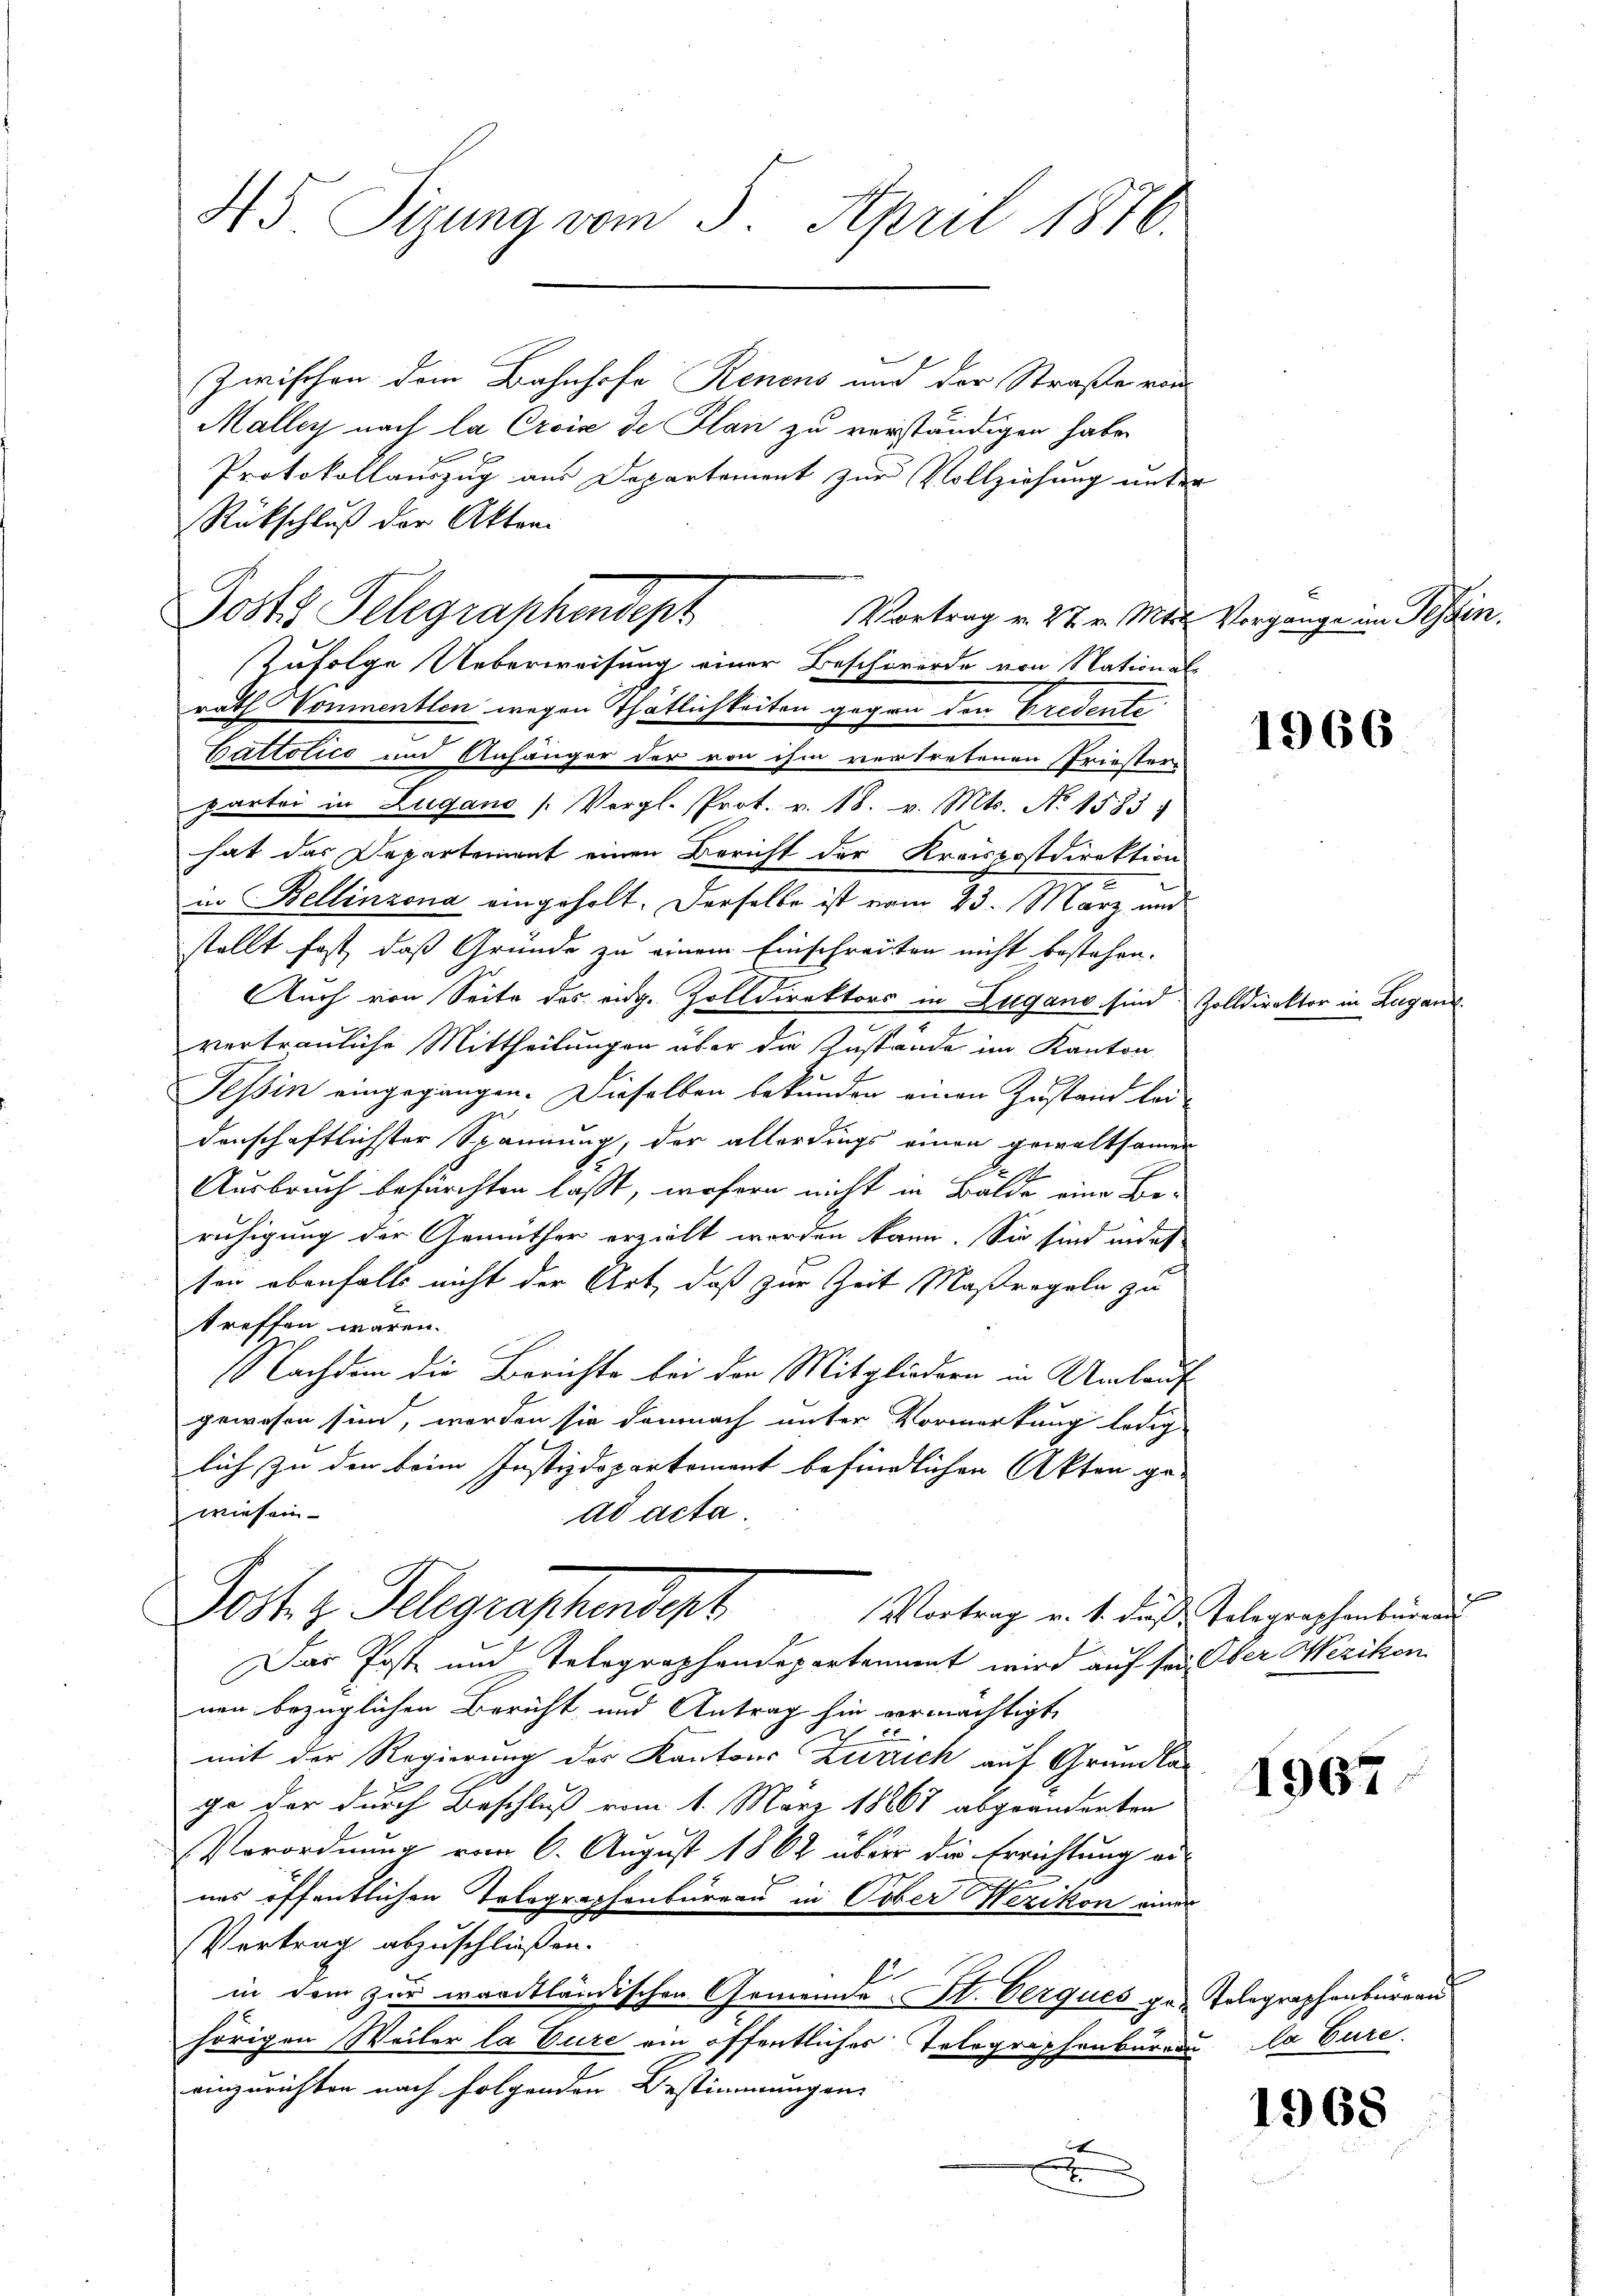
45 Sizung vom 3. April 1876.

Zwischen dem Bahnhofe Renens und der Straße von
Malley nach la Croix de Plan zu verständigen habe.
Protokollauszug aus Departement zur Vollziehung unter
Rückschluß der Akten.
Vortrag v. 27. v. Mts. Vorgange im Tessin.
rath Vonmentlen wegen Thätlichkeiten gegen den Gredente
Duttotico und Anhänger der von ihm vertretenen Friestern
partei in Zugano (Vergl. Prot. v. 18. v. Mts. No 1583.
hat das Departement einen Bericht der Kreispostdirektion
in Bellinzona eingeholt. Derselbe ist vom 23. März und
stellt fast, daß Gründe zu einem Einschreiten nicht bestehen.
Auch von Seite des eidg. Zolldirektors in Lugano sind
vertrauliche Mittheilungen über die Zustände im Kanton
Tessin eingegangen. Dieselben bekunden einen Zustand lei-
denschaftlichster Spannung, der allerdings einen gewaltsamen
Ausbruch befürchten lasst, wofern nicht in Balde eine Be-
ruhigung der Gemüther erzielt worden kann. Sie sind indes
sen ebenfalls nicht der Art, daß zur Zeit Maßregeln zu
treffen wären.
Nachdem die Berichte bei den Mitgliedern in Umlauf
gewesen sind, werden sie demnach unter Vormerkung ledig
lich zu den beim Justizdepartement befindlichen Akten ge-
wiesen
ad acta
Post z. Telegraphendert
Vortrag v. 1. Fr. Telegraphenbüreau
Das Post und Telegraphendepartement wird auf sei Ober Wezikon
nen bezüglichen Bericht und Antrag hin vermächtigt,
x
7
mit der Regierung des Kantons Zürich auf Grundlag
ge der durch Beschluß vom 1. März 18867 abgeänderten
Verordnung vom 6. August 1862 über die Errichtung annes öffentlichen Tolographenbureau in Tober Wezikon einer
Vertrag abzuschließen.
Ei
in dem zur wardtländischen Gemeinde St. Verques ge- Tolegraphenburgau
hörigen Weiler la Cure ein öffentliches Telegraphenbureau la Cure.
einzurichten nach folgenden Bestimmungen

.
x
d

Josts Telegraphendept
Zufolge Ueberweisung einer Beschwerde von Stational-

1966

Zolldirektor in Lega

b

1967

1968